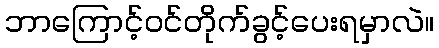
ဘာကြောင့်ဝင်တိုက်ခွင့်ပေးရမှာလဲ။